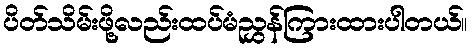
ပိတ်သိမ်းဖို့လည်းထပ်မံညွှန်ကြားထားပါတယ်။